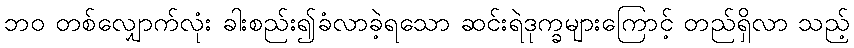
ဘဝ တစ်လျှောက်လုံး ခါးစည်း၍ခံလာခဲ့ရသော ဆင်းရဲဒုက္ခများကြောင့် တည်ရှိလာ သည့်